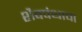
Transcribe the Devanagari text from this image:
शैवपंथाचा